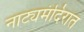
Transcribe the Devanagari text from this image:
नाट्यमंदिरात